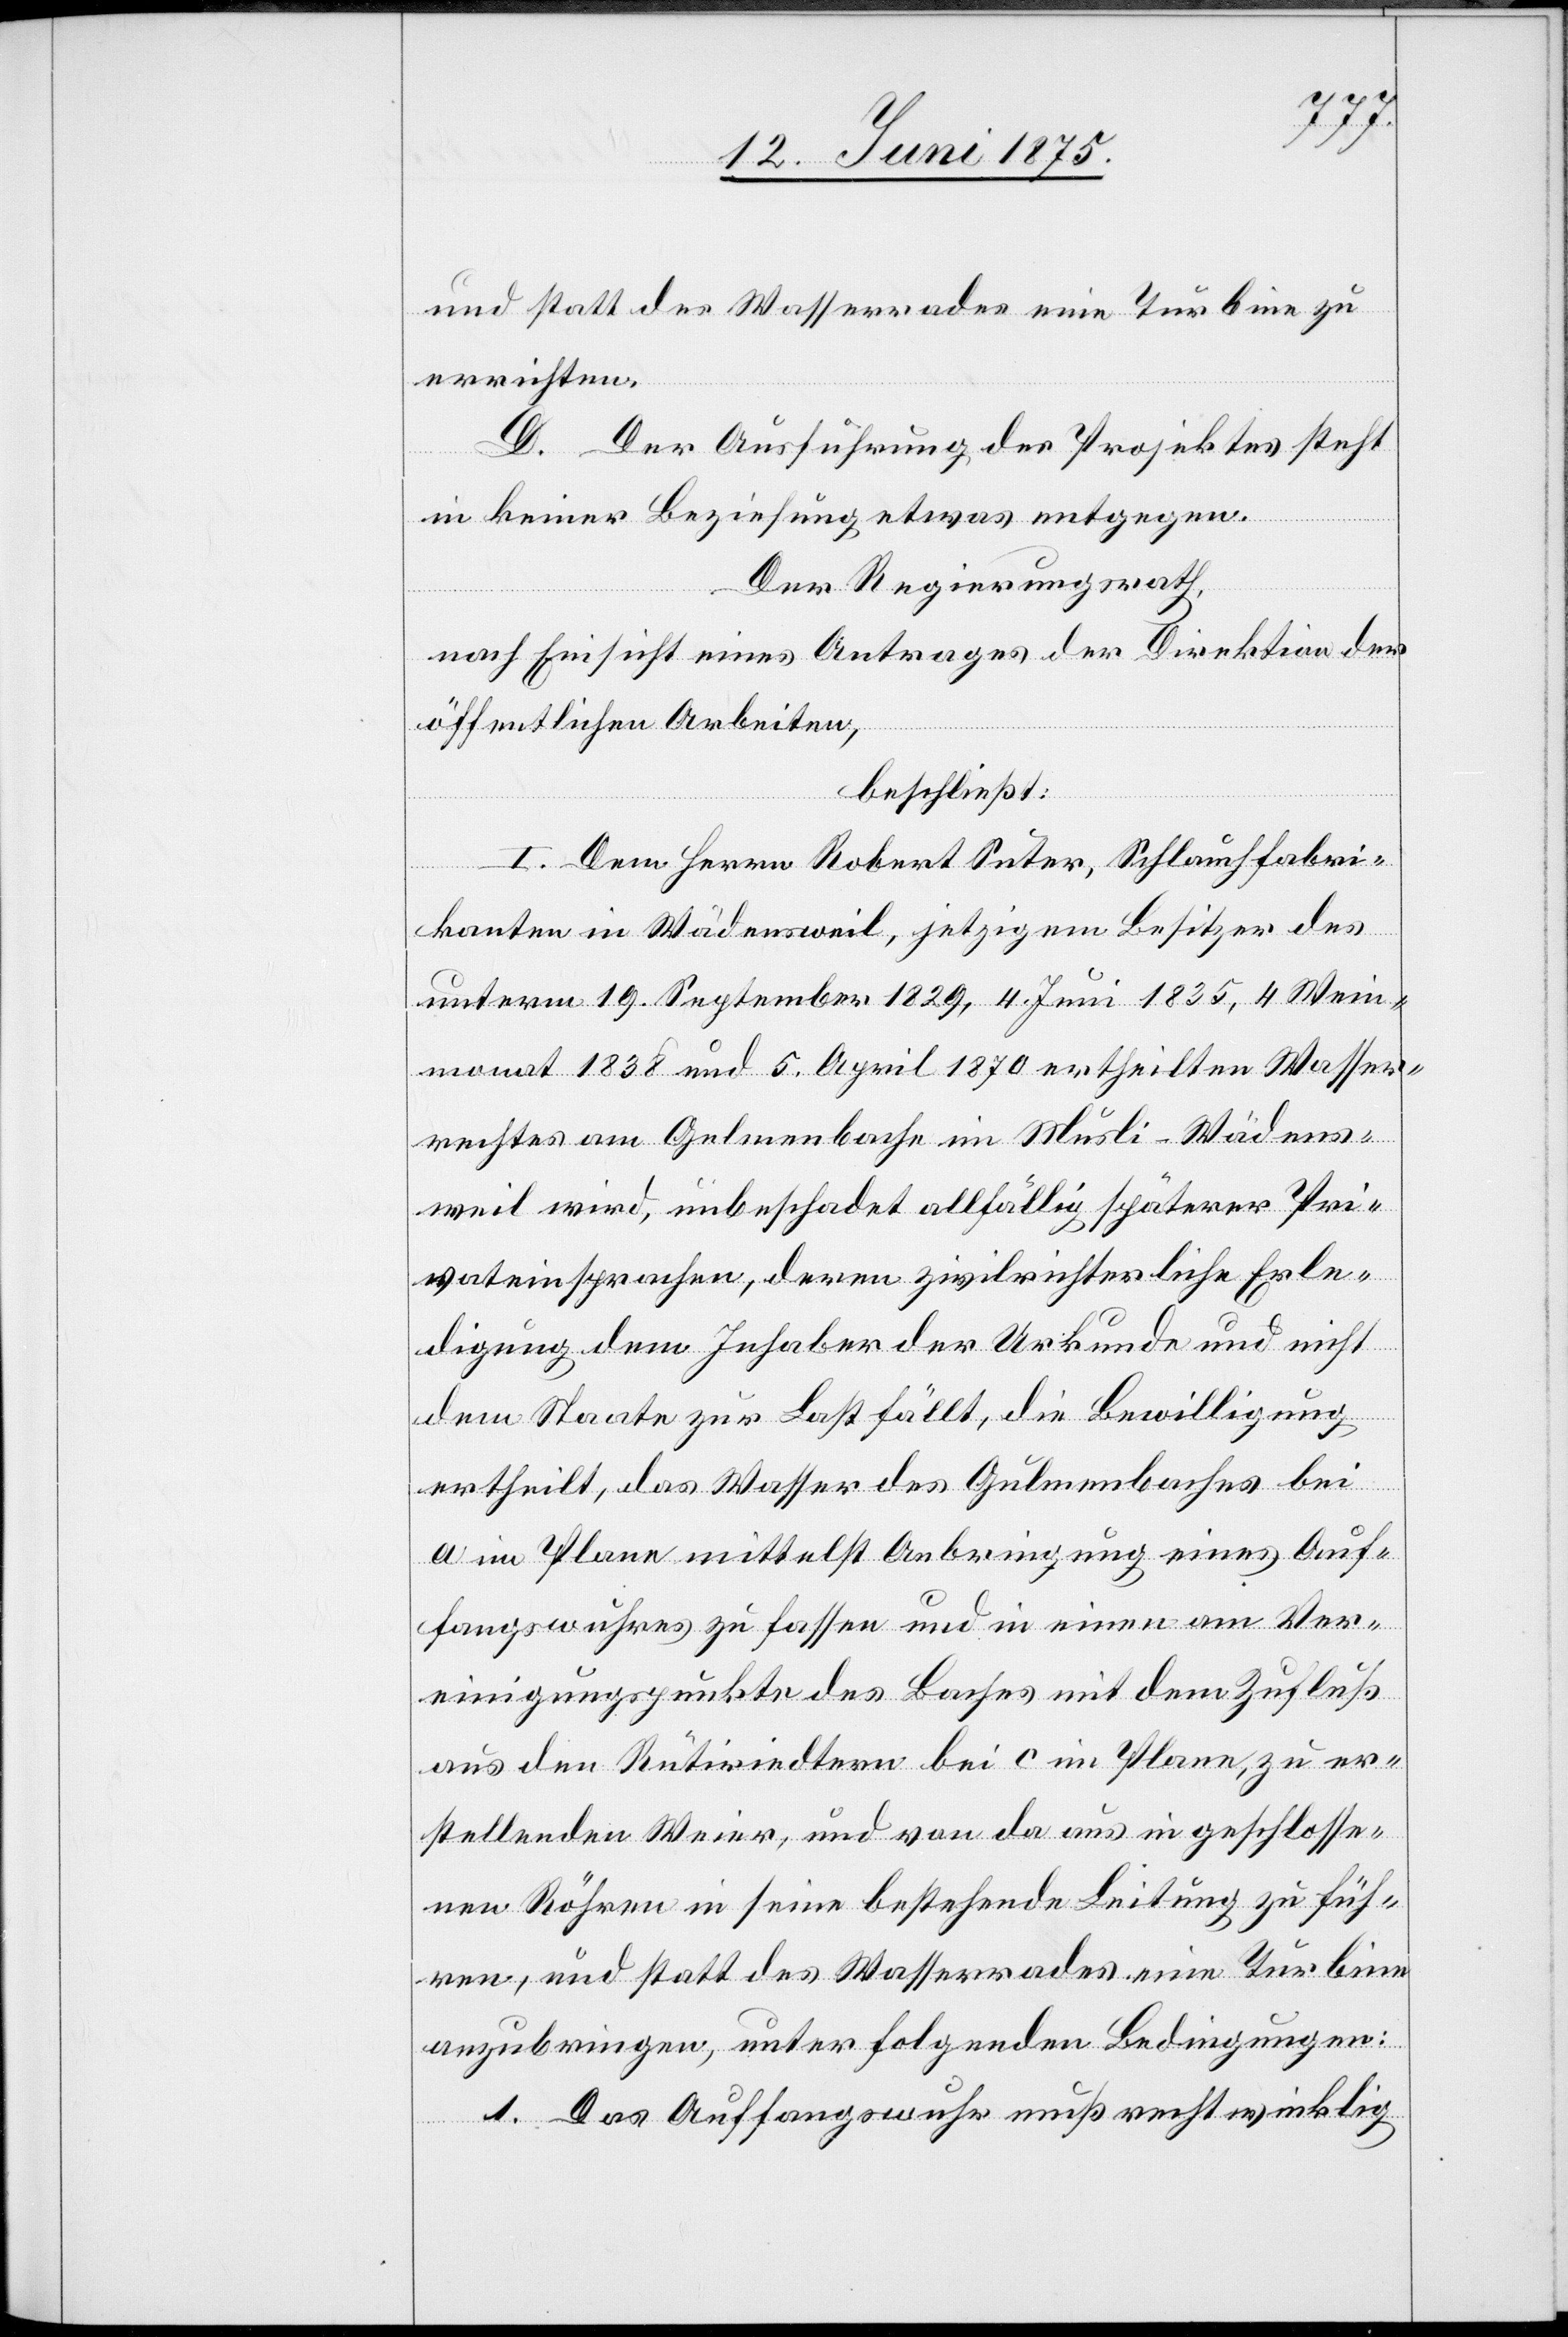
und statt der Wasserrades eine Turbine zu
errichten.
D. Der Ausführung des Projektes stehe
in keiner Beziehung etwas entgegen.
Der Regierungsrath,
nach Einsicht eines Antrages der Direktion der
öffentlichen Arbeiten,
beschließt:
I. Dem Herrn Robert Suter, Schlauchfabri¬
kanten in Wädensweil, jetzigem Besitzer des
unterm 19. September 1829, 4. Juni 1835, 4. Wein¬
monat 1838 und 5. April 1870 ertheilten Wasser¬
rechtes am Gelmenbache [sic!] im Musli - Wädens¬
weil wird, unbeschadet allfällig späterer Pri¬
vateinsprachen, deren zivilrechtliche Erle¬
digung dem Inhaber der Urkunde und nicht
dem Staate zur Last fällt, die Bewilligung
ertheilt, das Wasser des Gulmenbaches bei
a im Plane mittelst Anbringung eines Auf¬
fangswuhres zu fassen und in einen am Ver¬
einigungspunkte des Baches mit dem Zufluß
aus den Rüririedtern bei c im Plane, zu er¬
stellenden Weier, und von da aus in geschlosse¬
nen Röhren in seine bestehende Leitung zu füh¬
ren, und statt des Wasserrades eine Turbine
anzubringen, unter folgenden Bedingungen:
1. Das Auffangswuhr muß rechtwinklig